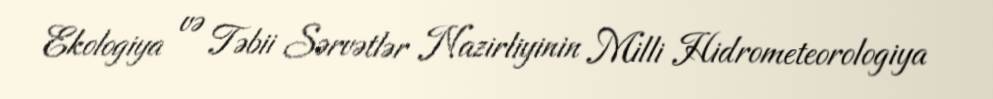
Ekologiya və Təbii Sərvətlər Nazirliyinin Milli Hidrometeorologiya